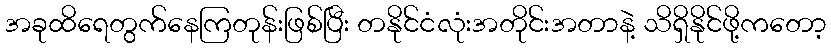
အခုထိရေတွက်နေကြတုန်းဖြစ်ပြီး တနိုင်ငံလုံးအတိုင်းအတာနဲ့ သိရှိနိုင်ဖို့ကတော့